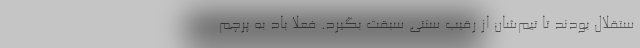
ستقلال بودند تا تیم‌شان از رقیب سنتی سبقت بگیرد. فعلاً باد به پرچم